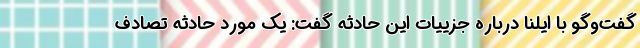
گفت‌وگو با ایلنا درباره جزییات این حادثه گفت: یک مورد حادثه تصادف